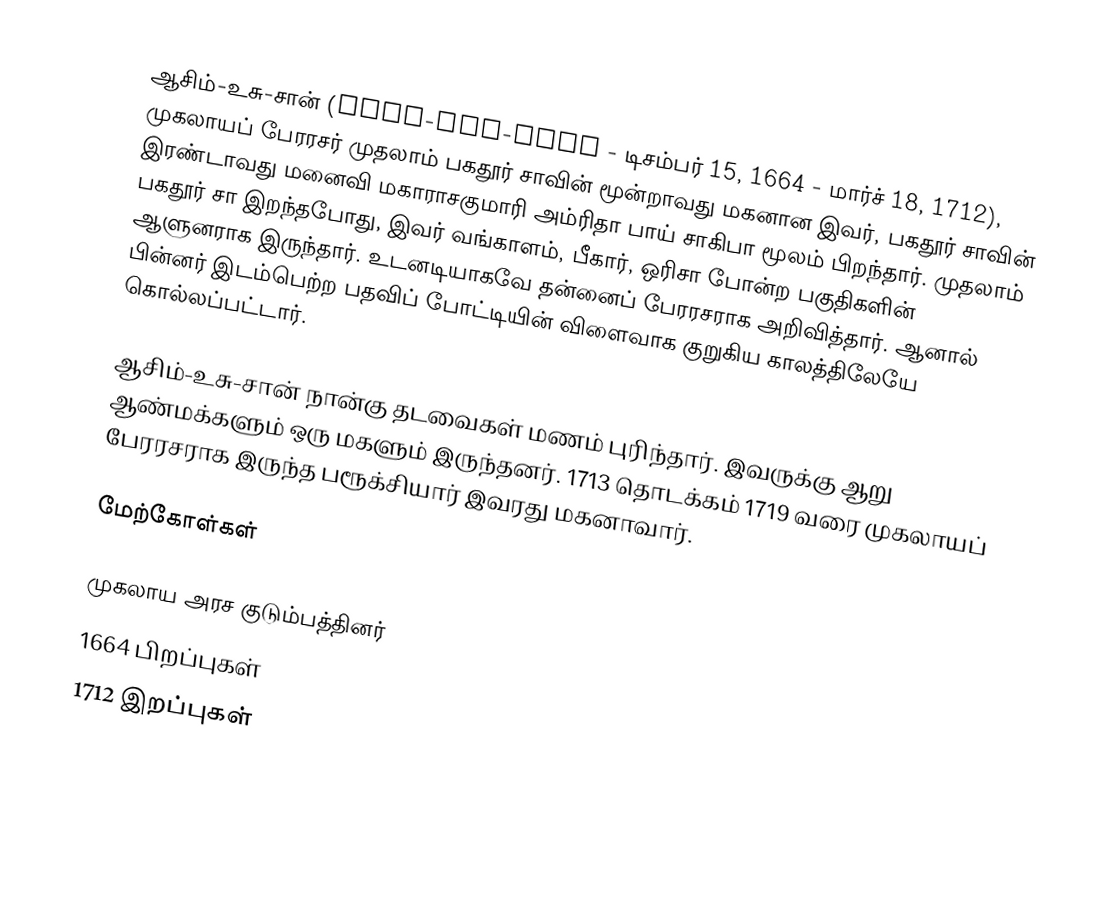
ஆசிம்-உசு-சான் (Azim-ush-Shan - டிசம்பர் 15, 1664 - மார்ச் 18, 1712), முகலாயப் பேரரசர் முதலாம் பகதூர் சாவின் மூன்றாவது மகனான இவர், பகதூர் சாவின் இரண்டாவது மனைவி மகாராசகுமாரி அம்ரிதா பாய் சாகிபா மூலம் பிறந்தார். முதலாம் பகதூர் சா இறந்தபோது, இவர் வங்காளம், பீகார், ஒரிசா போன்ற பகுதிகளின் ஆளுனராக இருந்தார். உடனடியாகவே தன்னைப் பேரரசராக அறிவித்தார். ஆனால் பின்னர் இடம்பெற்ற பதவிப் போட்டியின் விளைவாக குறுகிய காலத்திலேயே கொல்லப்பட்டார்.

ஆசிம்-உசு-சான் நான்கு தடவைகள் மணம் புரிந்தார். இவருக்கு ஆறு ஆண்மக்களும் ஒரு மகளும் இருந்தனர். 1713 தொடக்கம் 1719 வரை முகலாயப் பேரரசராக இருந்த பரூக்சியார் இவரது மகனாவார்.

மேற்கோள்கள்

முகலாய அரச குடும்பத்தினர்
1664 பிறப்புகள்
1712 இறப்புகள்